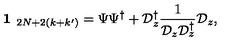
\textbf { 1 } _ { 2 N + 2 ( k + k ^ { \prime } ) } = \Psi \Psi ^ { \dagger } + \mathcal { D } _ { z } ^ { \dagger } \frac { 1 } { \mathcal { D } _ { z } \mathcal { D } _ { z } ^ { \dagger } } \mathcal { D } _ { z } ,